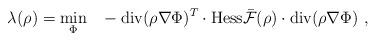
LaTeX: \begin{align*}\lambda(\rho)=\min_{\Phi}~~-\textrm{div}(\rho\nabla\Phi)^T\cdot\textrm{Hess}\mathcal{\bar F}(\rho)\cdot \textrm{div}(\rho\nabla\Phi) \ ,\end{align*}